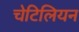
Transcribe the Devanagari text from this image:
चेटिलियन